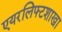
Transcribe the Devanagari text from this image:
एयरलिफ्टशाखा